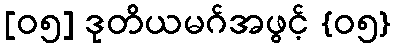
[၀၅] ဒုတိယမဂ်အဖွင့် {၀၅}